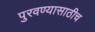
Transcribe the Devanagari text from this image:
पुरवण्यासाठीच